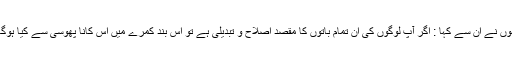
انہوں نے ان سے کہا : اگر آپ لوگوں کی ان تمام باتوں کا مقصد اصلاح و تبدیلی ہے تو اس بند کمرے میں اس کانا پھوسی سے کیا ہوگا ؟